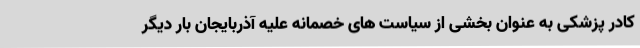
کادر پزشکی به عنوان بخشی از سیاست های خصمانه علیه آذربایجان بار دیگر